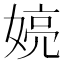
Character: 𫱍